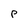
Character: P